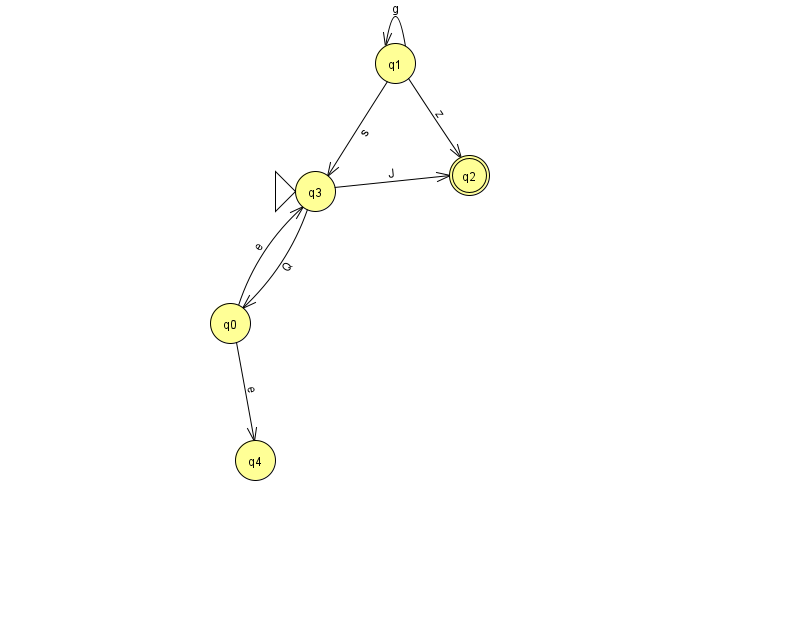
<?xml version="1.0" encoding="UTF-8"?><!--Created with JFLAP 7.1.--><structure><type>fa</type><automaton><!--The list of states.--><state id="0" name="q0"><x>230.0</x><y>310.0</y></state><state id="1" name="q1"><x>395.0</x><y>50.0</y></state><state id="2" name="q2"><x>469.0</x><y>162.0</y><final/></state><state id="3" name="q3"><x>315.0</x><y>178.0</y><initial/></state><state id="4" name="q4"><x>255.0</x><y>447.0</y></state><!--The list of transitions.--><transition><from>0</from><to>3</to><read>e</read></transition><transition><from>1</from><to>2</to><read>z</read></transition><transition><from>1</from><to>3</to><read>s</read></transition><transition><from>3</from><to>2</to><read>J</read></transition><transition><from>3</from><to>0</to><read>Q</read></transition><transition><from>1</from><to>1</to><read>g</read></transition><transition><from>0</from><to>4</to><read>e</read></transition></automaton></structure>